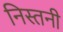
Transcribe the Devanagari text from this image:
निस्तनी